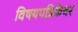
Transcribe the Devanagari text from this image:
विषयपत्रिकेवर